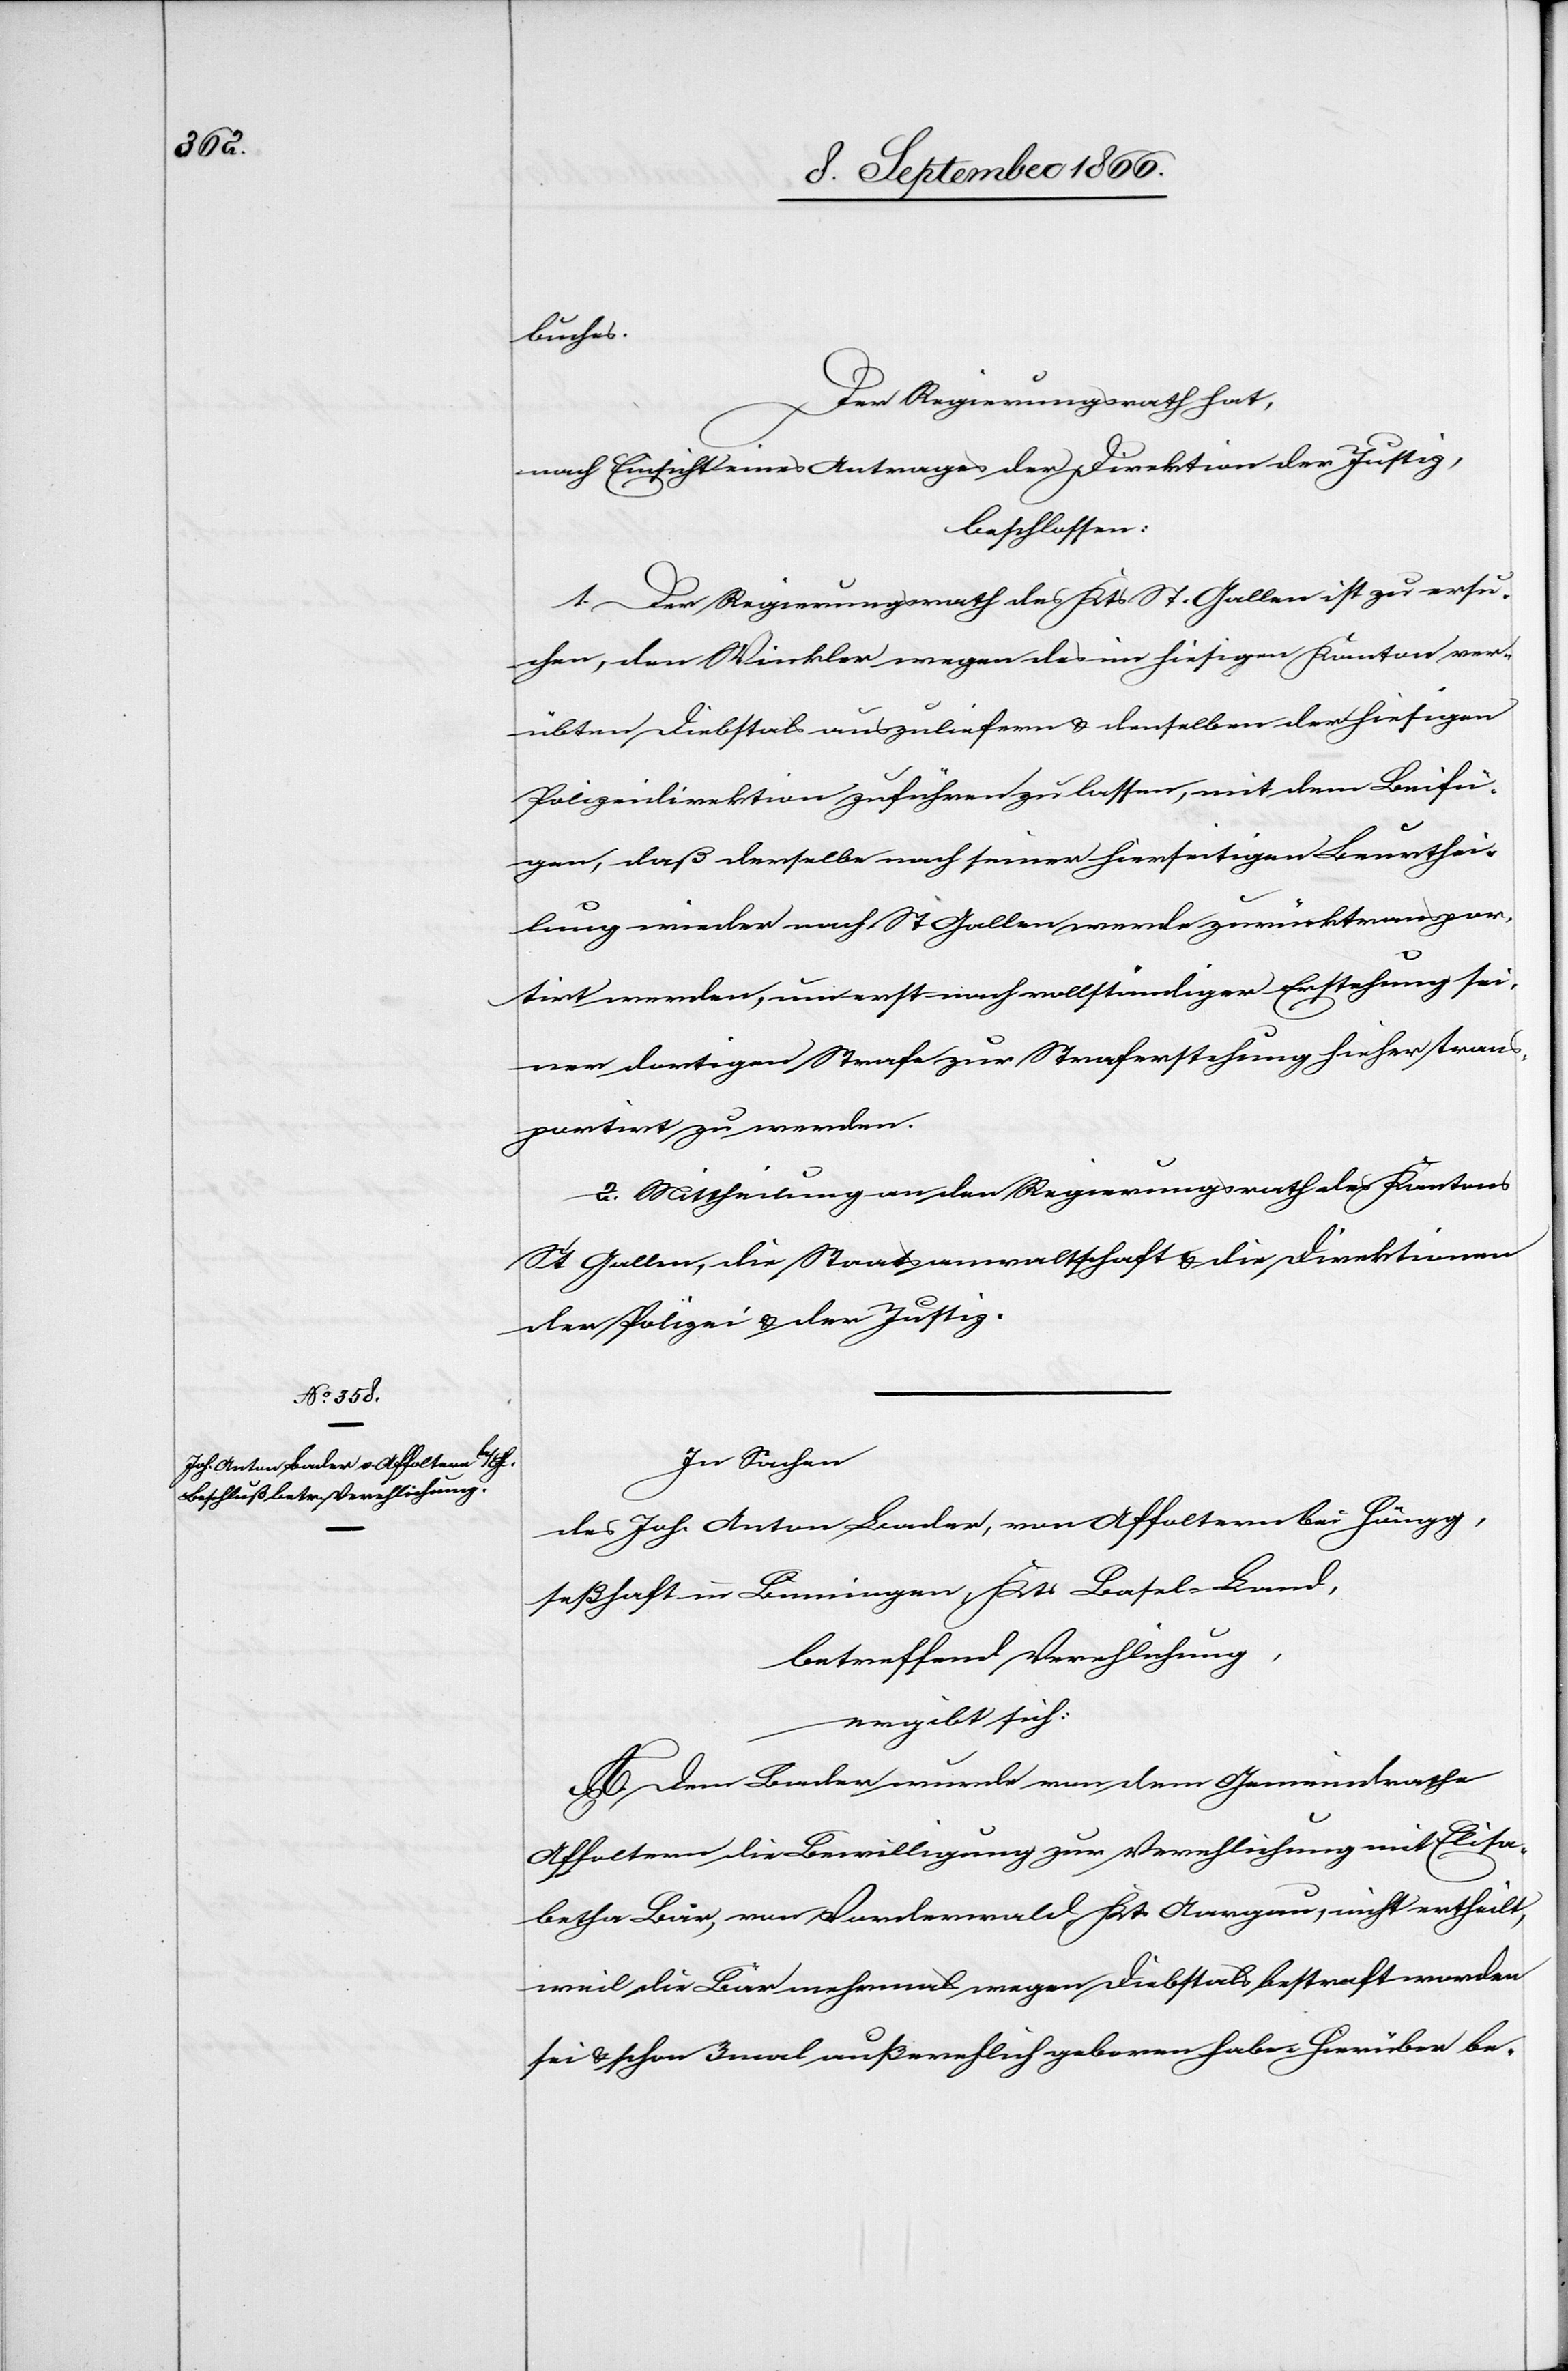
buches.
Der Regierungsrath hat,
nach Einsicht eines Antrages der Direktion der Justiz,
beschlossen:
1. Der Regierungsrath des Kts. St. Gallen ist zu ersu¬
chen, den Winkler wegen des im hiesigen Kanton ver¬
übten Diebstals auszuliefern u. denselben der hiesigen
Polizeidirektion zuführen zu lassen, mit dem Beifü¬
gen, daß derselbe nach seiner hierseitigen Beurthei¬
lung wieder nach St. Gallen werde zurücktranspor¬
tirt werden, um erst nach vollständiger Erstehung sei¬
ner dortigen Strafe zur Straferstehung hieher trans¬
portirt zu werden.
2. Mittheilung an den Regierungsrath des Kantons
St. Gallen, die Staatsanwaltschaft u. die Direktionen
der Polizei u. der Justiz.
In Sachen
des Joh. Anton Bader, von Affoltern bei Höngg,
seßhaft in Benningen, Kts. Basel-Land,
betreffend Verehlichung,
ergibt sich:
A. Dem Bader wurde von dem Gemeindrathe
Affoltern die Bewilligung zur Verehlichung mit Elisa¬
betha Bär, von Vorderwald Kts. Aargau, nicht ertheilt,
weil die Bär mehrmals wegen Diebstals bestraft worden
sei u. schon 3mal außerehlich geboren habe. Hierüber be-